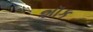
શૉક